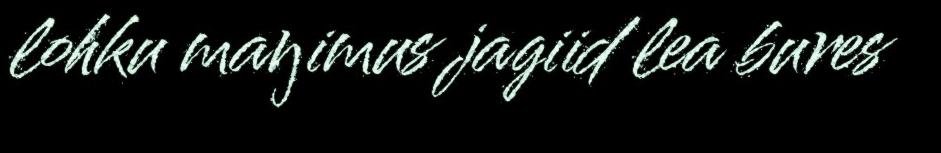
lohku maŋimus jagiid lea bures